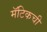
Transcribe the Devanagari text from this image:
मॅटिकची